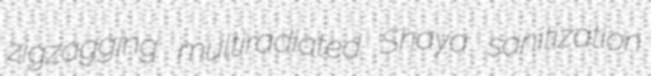
zigzagging multiradiated Shaya sanitization